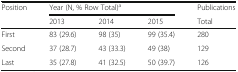
<table><thead><tr><td rowspan="2"><b>Position</b></td><td colspan="3"><b>Year (N, % Row Total)<sup>a</sup></b></td><td><b>Publications</b></td></tr><tr><td><b>2013</b></td><td><b>2014</b></td><td><b>2015</b></td><td><b>Total</b></td></tr></thead><tbody><tr><td>First</td><td>83 (29.6)</td><td>98 (35)</td><td>99 (35.4)</td><td>280</td></tr><tr><td>Second</td><td>37 (28.7)</td><td>43 (33.3)</td><td>49 (38)</td><td>129</td></tr><tr><td>Last</td><td>35 (27.8)</td><td>41 (32.5)</td><td>50 (39.7)</td><td>126</td></tr></tbody></table>